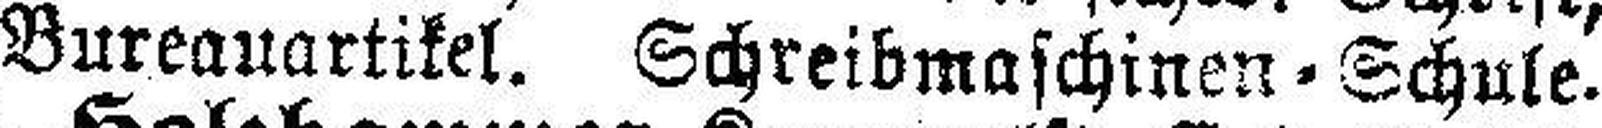
Bureauartikel. Schreibmaschinen=Schule.